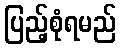
ပြည့်စုံရမည်